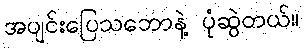
အပျင်းပြေသဘောနဲ့ ပုံဆွဲတယ်။